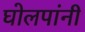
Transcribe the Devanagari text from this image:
घोलपांनी